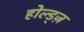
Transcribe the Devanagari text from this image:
होल्ड्ज़